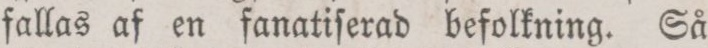
fallas af en fanatiſerad befolkning. Så